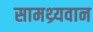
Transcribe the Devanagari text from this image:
सामथ्र्यवान